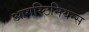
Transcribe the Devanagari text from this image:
आगस्टिनियन्स